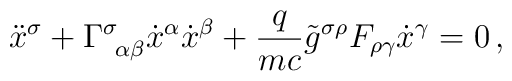
\ddot{x}^{\sigma}+{\Gamma}^{\sigma}_{\,\,\,\alpha\beta}\dot{x}^{\alpha}\dot{x}^{\beta}+\frac{q}{mc}\tilde{g}^{\sigma\rho}F_{\rho\gamma}\dot{x}^{\gamma}=0\,{,}